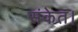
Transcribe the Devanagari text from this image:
संकेत।